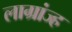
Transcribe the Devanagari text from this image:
लाग्रांज्ह